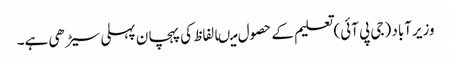
وزیرآباد (جی پی آئی) تعلیم کے حصول میںالفاظ کی پہچان پہلی سیڑھی ہے۔